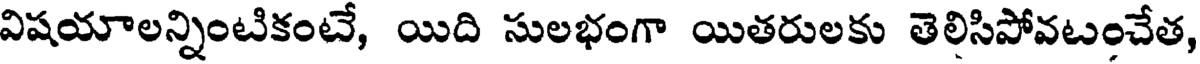
విషయాలన్నింటికంటే, యిది సులభంగా యితరులకు తెలిసిపోవటంచేత,